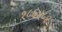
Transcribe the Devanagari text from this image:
१८६४८४